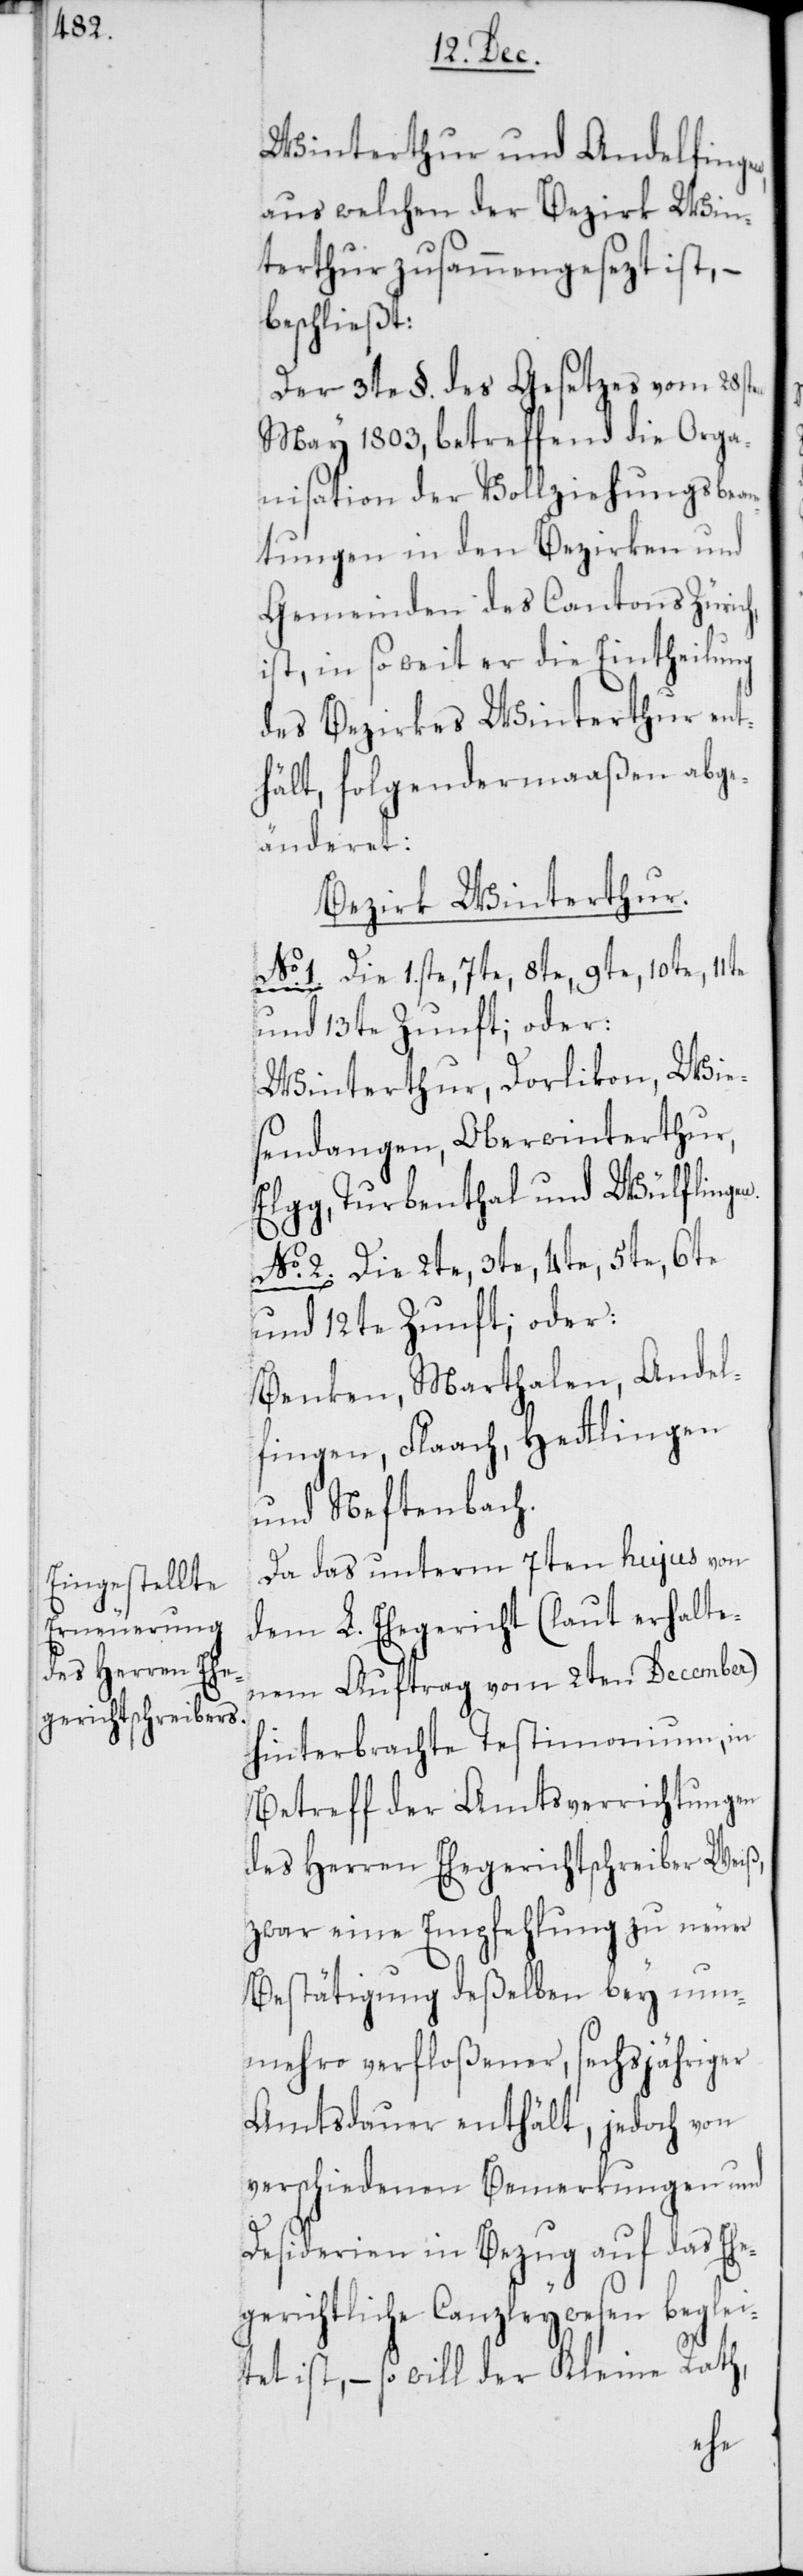
Winterthur und Andelfingen,
aus welchen der Bezirk Win¬
terthur zusammengesezt ist, –
beschließt:
Der 3te §. des Gesetzes vom 28sten
May 1803, betreffend die Orga¬
nisation der Vollziehungsbeam¬
tungen in den Bezirken und
Gemeinden des Cantons Zürich,
ist in so weit er die Eintheilung
des Bezirkes Winterthur ent¬
hält, folgendermaaßen abge¬
änderet:
Bezirk Winterthur.
No. 1. Die 1ste, 7te, 8te, 9te, 10te, 11te
und 13te Zunft; oder:
Winterthur, Dorlikon, Wie¬
sendangen, Oberwinterthur,
Elgg, Turbenthal und Wülflingen.
No. 2. Die 2te, 3te, 4te, 5te, 6te
und 12te Zunft; oder:
Benken, Marthalen, Andel¬
fingen, Flaach, Hettlingen
und Neftenbach.
Da das unterm 7ten hujus von
dem L. Ehegericht (laut erhalte¬
nem Auftrag vom 2ten December)
hinterbrachte Testimonium, in
Betreff der Amtsverrichtungen
des Herren Ehegerichtschreiber Weiß,
zwar eine Empfehlung zu neuer
Bestätigung deßelben bey nun¬
mehro verfloßener, sechsjähriger
Amtsdauer enthält, jedoch von
verschiedenen Bemerkungen und
Desiderien in Bezug auf das Ehe¬
gerichtliche Canzleywesen beglei¬
tet ist, – so will der Kleine Rath,